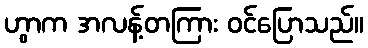
ဟွာက အလန့်တကြား ဝင်ပြောသည်။